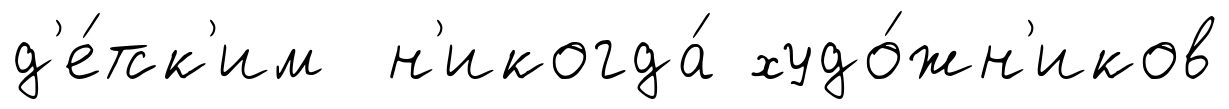
д'е́тск'им н'икогда́ худо́жн'иков